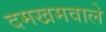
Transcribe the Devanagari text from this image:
दमखमवाले